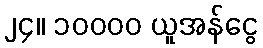
၂၄။ ၁၀၀၀၀ ယူအန်ငွေ